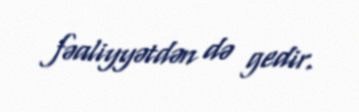
fəaliyyətdən də gedir.